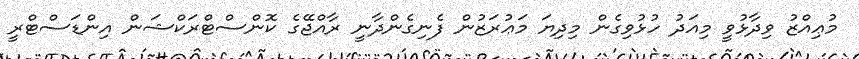
މުޢިއްޒު ވިދާޅުވީ މިއަދު ހުޅުވިގެން މިދިޔަ މަޢުރަޒުން ފެނިގެންދާނީ ރާއްޖޭގެ ކޮންސްޓްރަކްޝަން އިންޑަސްޓްރީ